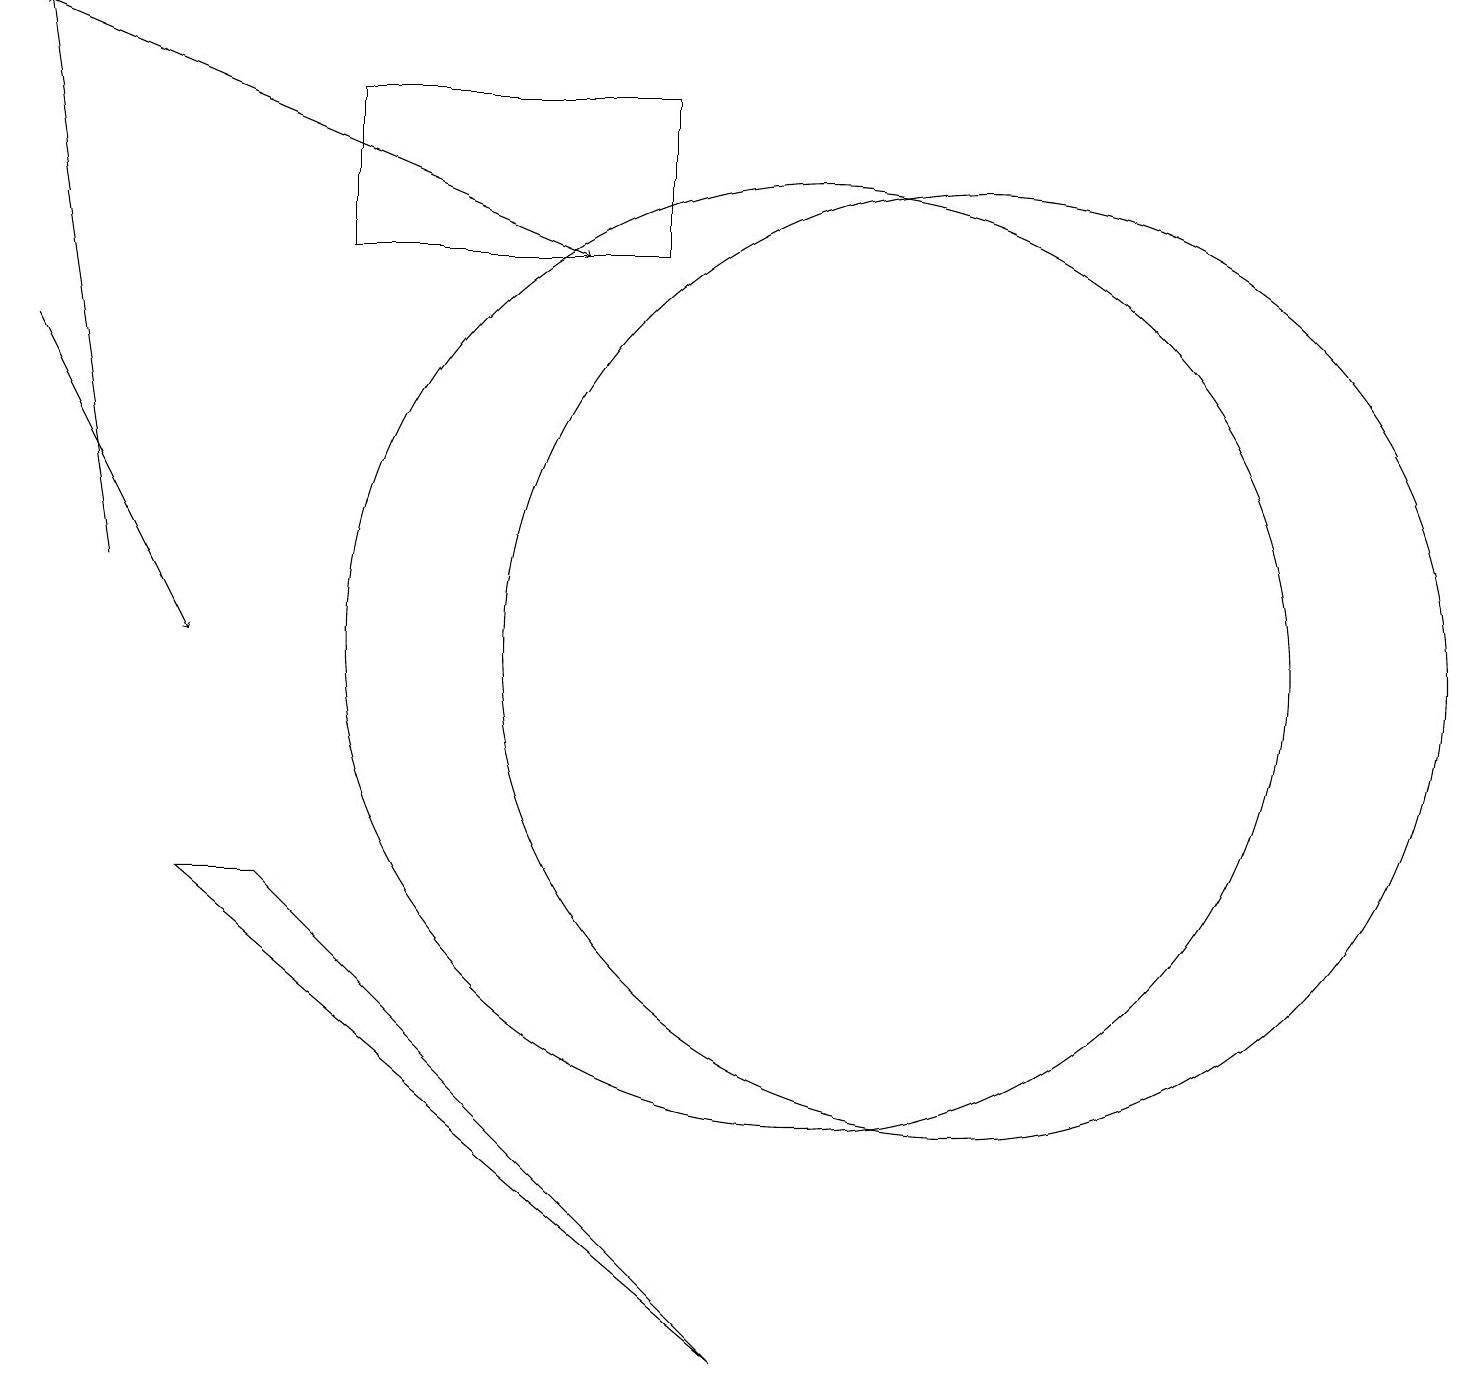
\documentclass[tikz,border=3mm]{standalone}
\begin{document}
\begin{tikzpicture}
\draw (2,8) -- (3,8) -- (9,2) -- cycle;
\draw[->] (0,15) -- (2,11);
\draw[->] (1,12) -- (0,19);
\draw (10,11) circle (6);
\draw (4,18) rectangle (8,16);
\draw (12,11) circle (6);
\draw[->] (0,19) -- (7,16);
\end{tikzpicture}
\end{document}